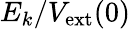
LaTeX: E_{k}/V_{\mathrm{ext}}(0)